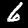
Digit: 6